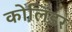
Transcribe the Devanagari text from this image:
कोलिंडर